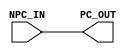
`timescale 1ns / 1ps
//////////////////////////////////////////////////////////////////////////////////
// Company: 
// Engineer: 
// 
// Design Name: 
// Module Name: PC
// Project Name: 
// Target Devices: 
// Tool Versions: 
// Description: 
// 
// Dependencies: 
// 
// Revision:
// Revision 0.01 - File Created
// Additional Comments:
// 
//////////////////////////////////////////////////////////////////////////////////


module PC(
    input [31:0] NPC_IN,
    output reg [31:0] PC_OUT
    );
    
    initial begin   //initial thread that sets PC_OUT = 0
        PC_OUT <= 0;
    end
    
    always @ (NPC_IN)
    begin
        #1
        PC_OUT = NPC_IN;
    end
    
endmodule